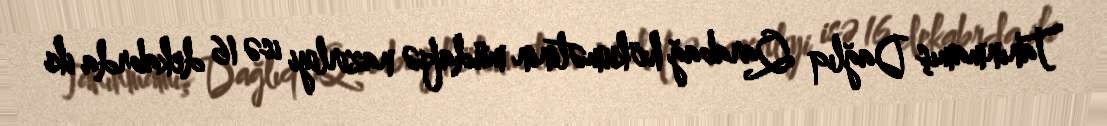
Tanınmamış Dağlıq Qarabağ hökumətinin müdafiə nazirliyi isə 16 dekabrda iki